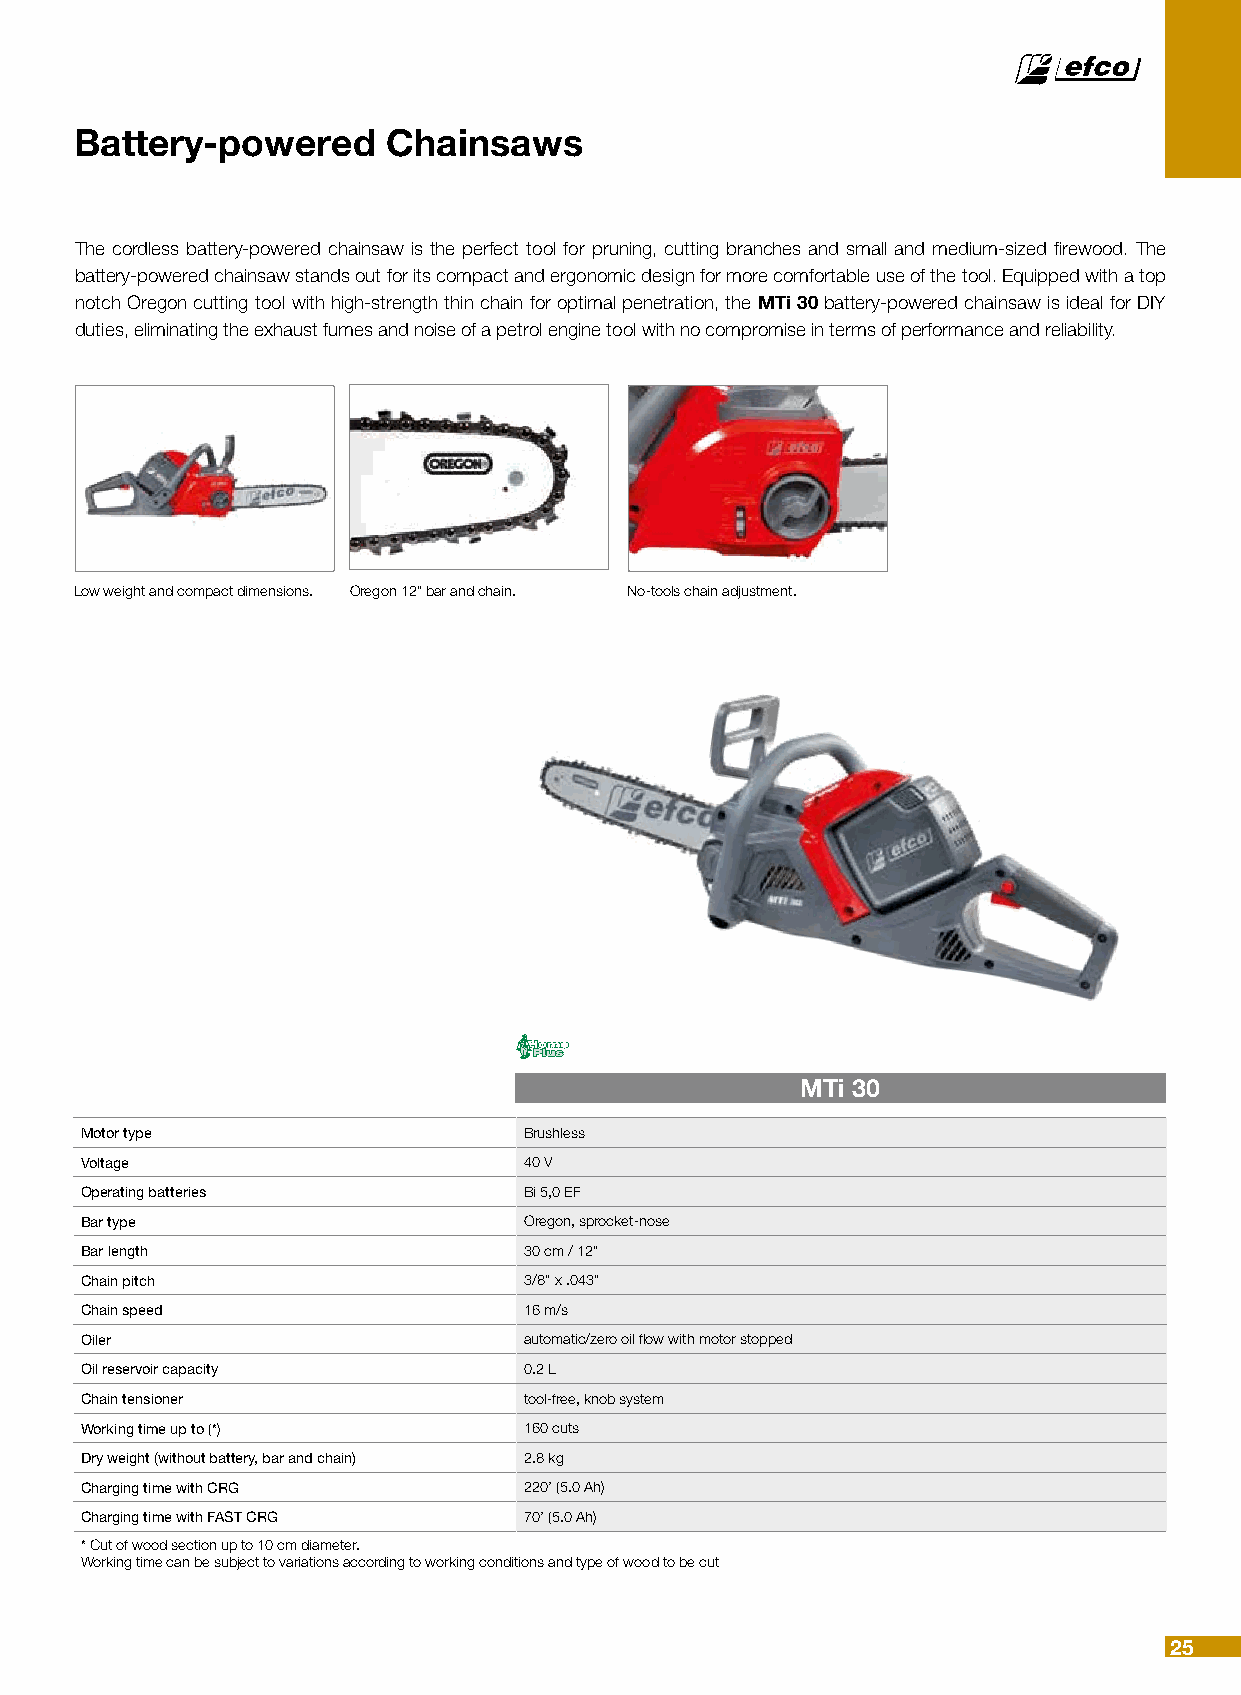
Battery-powered      Chainsaws
 The cordless battery-powered chainsaw is the perfect tool for pruning, cutting branches and small and medium-sized firewood. The
 battery-powered chainsaw stands out for its compact and ergonomic design for more comfortable use of the tool. Equipped with a top
 notch Oregon cutting tool with high-strength thin chain for optimal penetration, the MTi 30 battery-powered chainsaw is ideal for DIY
 duties, eliminating the exhaust fumes and noise of a petrol engine tool with no compromise in terms of performance and reliability.
 Low weight and compact dimensions. Oregon 12” bar and chain. No-tools chain adjustment.
 MTi 30
 Motor type                    Brushless
 Voltage                       40 V
 Operating batteries           Bi 5,0 EF
 Bar type                      Oregon, sprocket-nose
 Bar length                    30 cm / 12”
 Chain pitch                   3/8” x .043”
 Chain speed                   16 m/s
 Oiler                         automatic/zero oil flow with motor stopped
 Oil reservoir capacity        0.2 L
 Chain tensioner               tool-free, knob system
 Working time up to (*)        160 cuts
 Dry weight (without battery, bar and chain) 2.8 kg
 Charging time with CRG        220’ (5.0 Ah)
 Charging time with FAST CRG   70’ (5.0 Ah)
 * Cut of wood section up to 10 cm diameter.
 Working time can be subject to variations according to working conditions and type of wood to be cut
 25